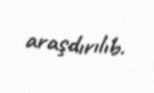
araşdırılıb.